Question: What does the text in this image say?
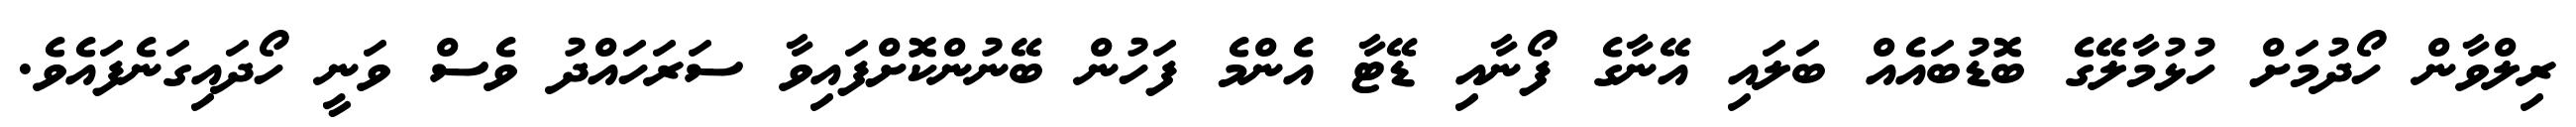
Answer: ރިލްވާން ހޯދުމަށް ހުޅުމާލޭގެ ބޮޑުބައެއް ބަލައި އޭނާގެ ފޯނާއި ޑޭޓާ އެންމެ ފަހުން ބޭނުންކޮށްފައިވާ ސަރަހައްދު ވެސް ވަނީ ހޯދައިގަނެފައެވެ.